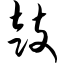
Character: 鼓